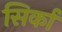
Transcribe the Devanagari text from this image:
सिर्का